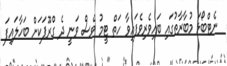
ނެޓްބޯޅަ މުބާރާތުގައި ބައިވެރިވެފައިވާ ހަތް ޓީމު ވެސް ވަނީ ދެ ގްރޫޕަކަށް ބަހާލައިފަ